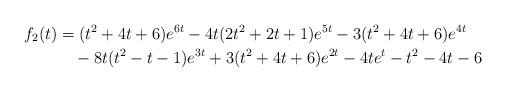
LaTeX: \begin{align*}f_2(t)&=(t^2+4t+6)e^{6 t}-4 t(2t^2+2 t+1) e^{5 t}-3(t^2+4 t+6)e^{4 t}\\&\quad-8t(t^2-t-1) e^{3 t}+3(t^2+4 t+6) e^{2 t}-4t e^t -t^2-4 t-6\end{align*}